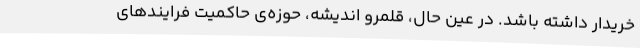
خریدار داشته باشد. در عین حال، قلمرو اندیشه، حوزه‌ی حاکمیت فرایندهای